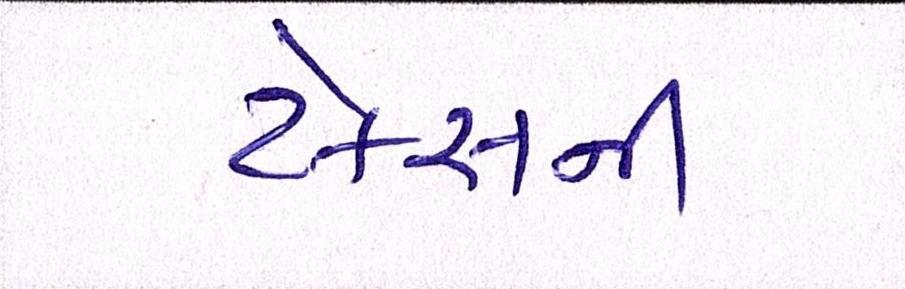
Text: ટેકસની